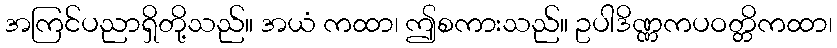
အကြင်ပညာရှိတို့သည်။ အယံ ကထာ၊ ဤစကားသည်။ ဥပါဒိဏ္ဏကပဝတ္တိကထာ၊